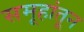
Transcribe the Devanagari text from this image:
समूहांतून